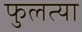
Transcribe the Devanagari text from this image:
फुलत्या